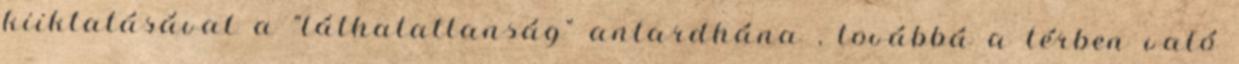
kiiktatásával a "láthatatlanság" antardhána , továbbá a térben való